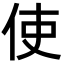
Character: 使